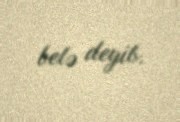
belə deyib.